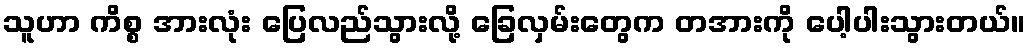
သူဟာ ကိစ္စ အားလုံး ပြေလည်သွားလို့ ခြေလှမ်းတွေက တအားကို ပေါ့ပါးသွားတယ်။